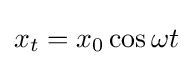
x_{t}=x_{0}\cos \omega t\,\!